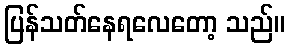
ပြန်သတ်နေရလေတော့ သည်။